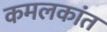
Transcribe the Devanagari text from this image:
कमलकांत